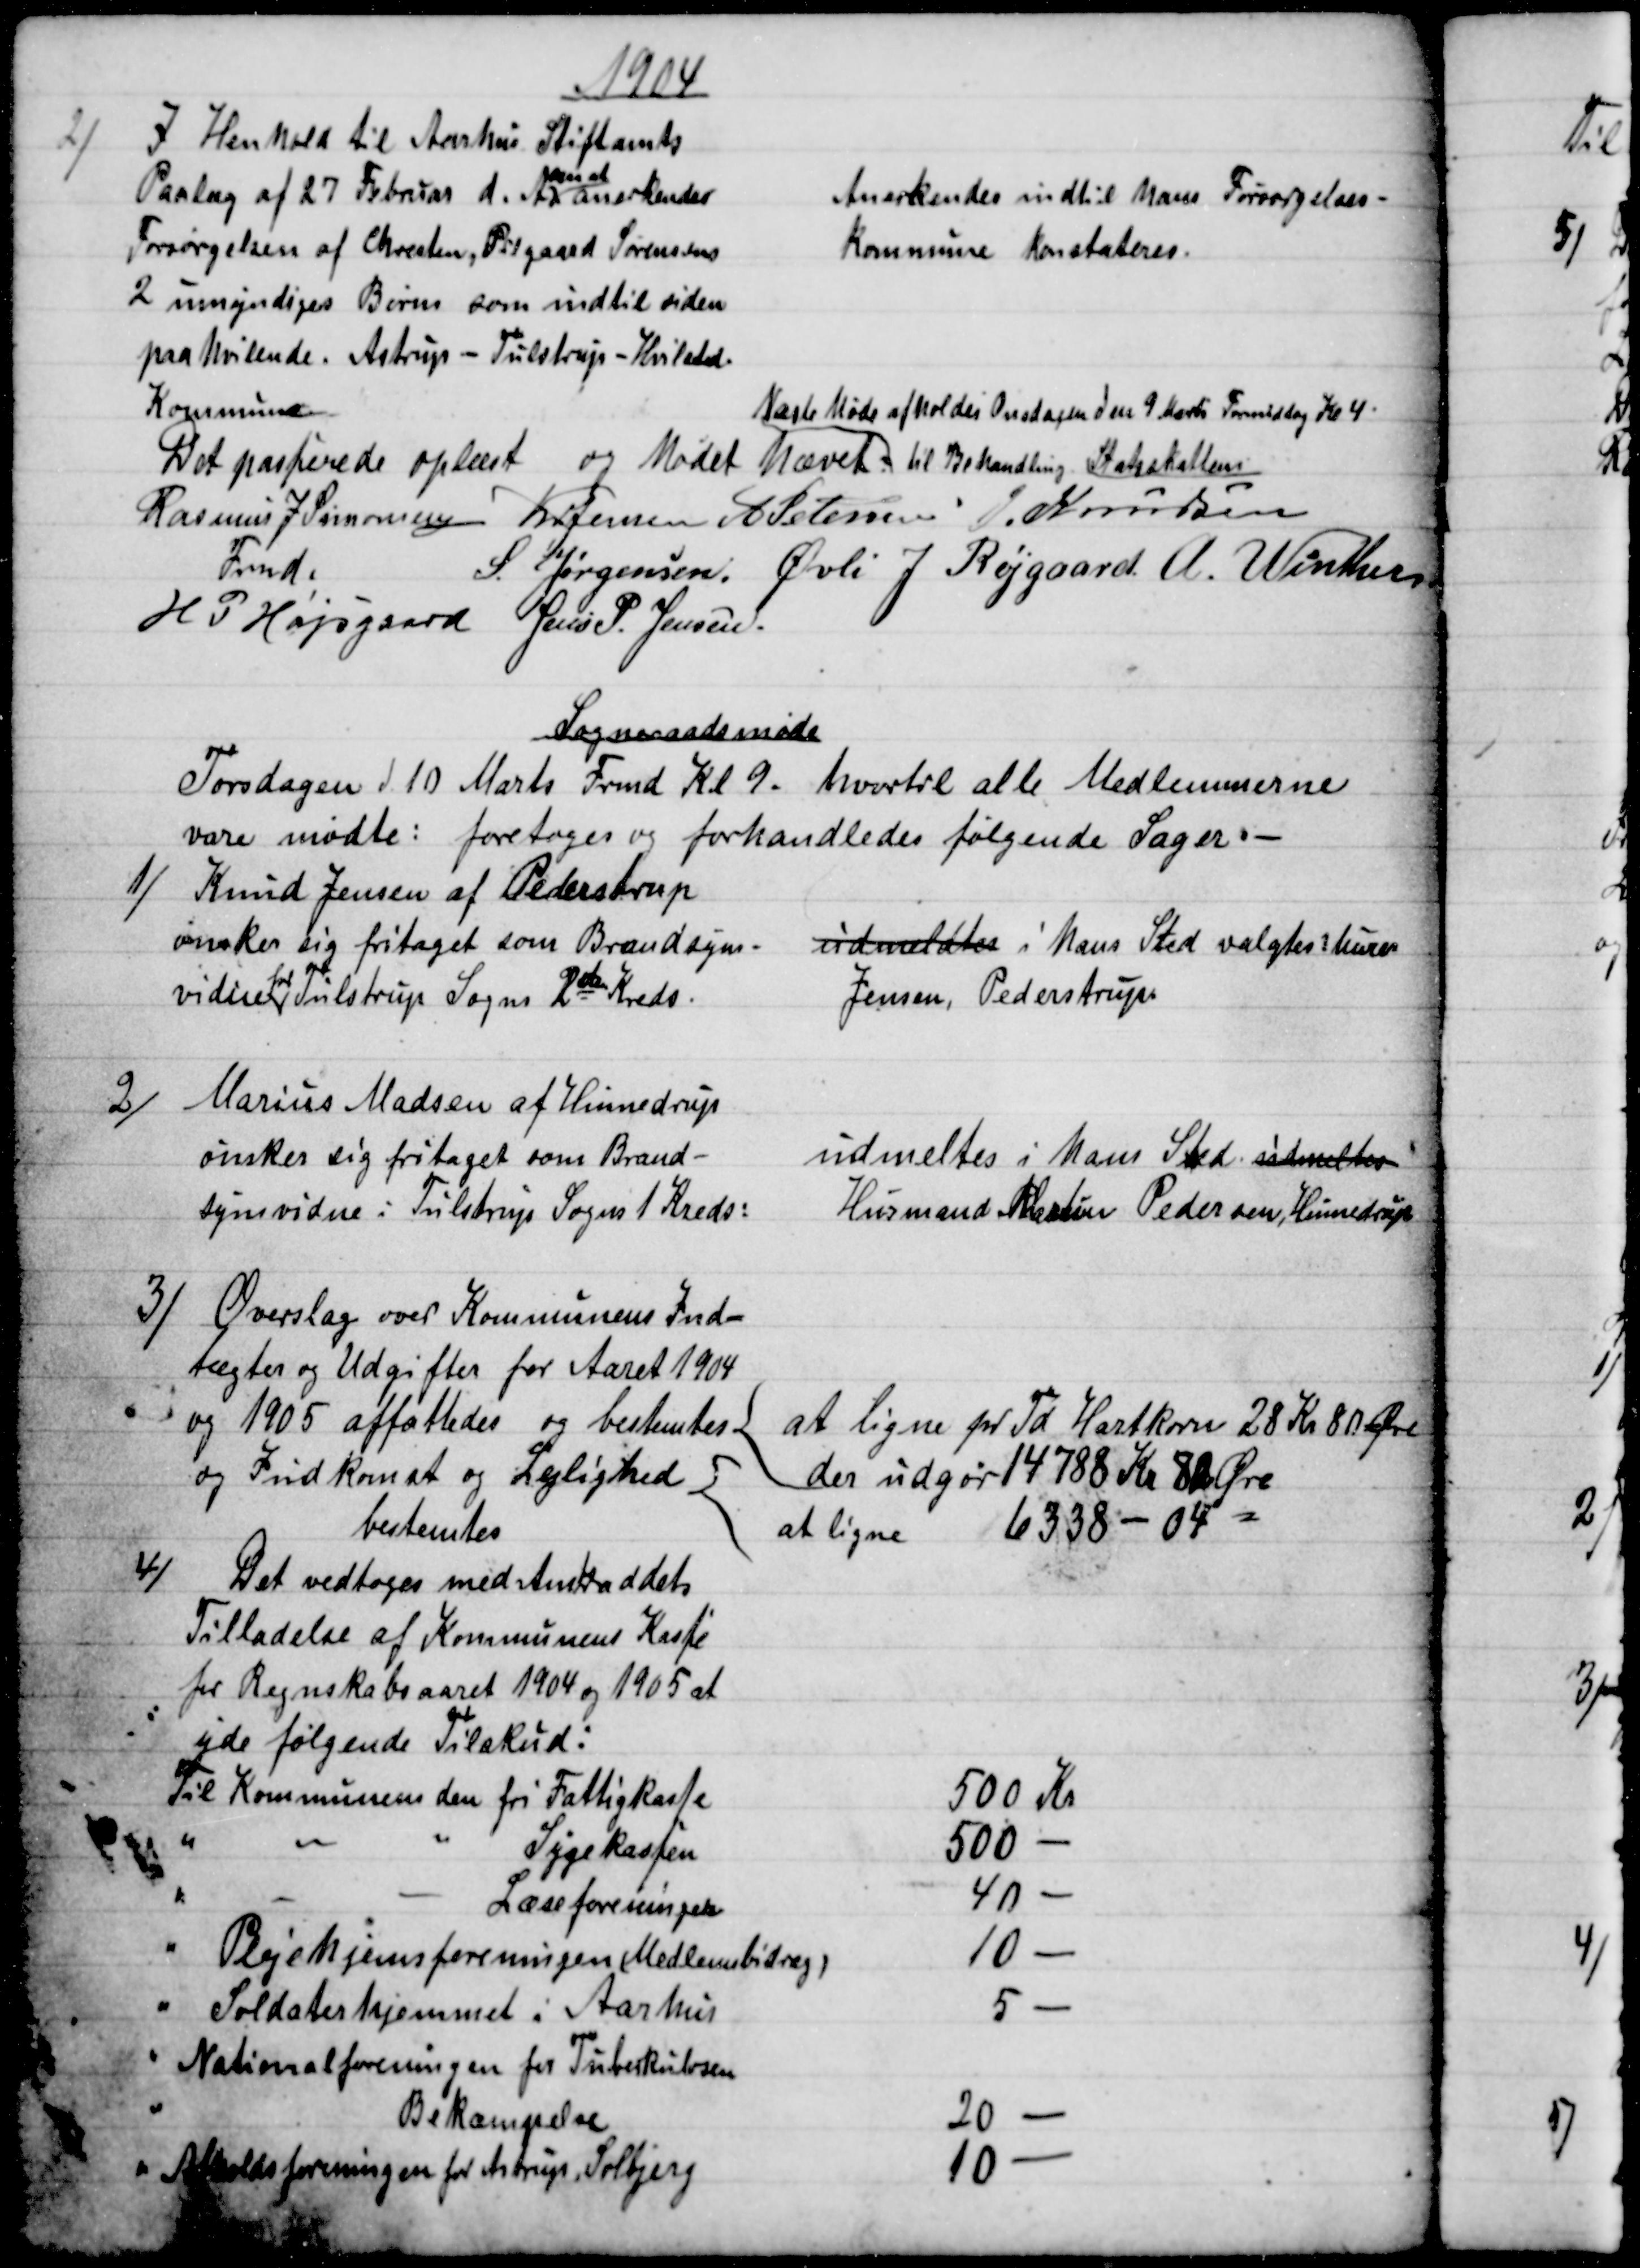
Transskription:
1904
2)
I Henhold til Aarhus Stiftamts
Paalæg af 27 Februar d. A.
om at
anerkender
Forsørgelsen af Christen, Pilgaard Sørensens
2 umyndiges Børn som indtil videre
paahvilende. Astrup - Tulstrup - Hvilsted-
Kommune
Anerkendes indtil hans Forsørgelses-
Kommune konstateres.
Det passerede oplæst og Mødet hævet 
Næste Møde afholdes Onsdagen den 9 Marts Formiddag Kl 4
til Behandling. Statsskattens
Rasmus J Simonsen 
Fmd.
Kr Jensen A Petersen J. Knudsen
S. Jørgensen. Øvli J. Røjgaard. A. Winther
H. P. Højsgaard Jens P. Jensen.
Sogneraadsmøde
Torsdagen d 10 Marts Frmd Kl 9. hvortil alle Medlemmerne
vare mødte: foretoges og forhandledes følgende Sager.
1)
Knud Jensen af Pederstrup
ønsker sig fritaget som Brandsyns-
vidne
for
Tulstrup Sogns 2den Kreds.
udmeldtes i hans Sted valgtes: Murer
Jensen, Pederstrup.
2)
Marius Madsen af Hinnedrup
ønsker sig fritaget som Brand-
synsvidne i Tulstrup Sogns 1 Kreds:
udmeltes i hans Sted udmeldtes
Husmand Martin Pedersen, Hinnedrup
3) Overslag over Kommunens Ind-
tægter og Udgifter for Aaret 1904
og 1905 affattedes og bestemtes
at ligne pr Td Hartkorn 28 Kr 80 Øre
der udgør 14788 Kr 80 Øre
og Indkomst og Lejlighed 
bestemtes
at ligne 6338 - 04 
4)
Det vedtoges med Amtraadets
Tilladelse af Kommunens Kasse
for Regnskabsaaret 1904 og 1905 at
yde følgende Tilskud:
Til Kommunens den fri Fattigkasse
500 Kr
Sygekassen
500 
Læseforeningen
40 
Plejehjemsforeningen (Medlemsbidrag)
10 
Soldaterhjemmet i Aarhus
5
Nationalforeningen for Tuberkulosen
Bekæmpelse
20 
Afholdsforeningen for Astrup, Solbjerg
10